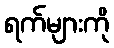
ရက်များကို